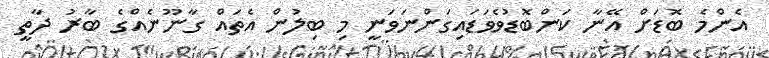
އެންމެ ބޮޑަށް އޭނާ ކަންބޮޑުވެވަޑައިގަންނަވަނީ މި ބިލުން އެތައް ގާނޫނެއްގެ ބާރު ދާތީ